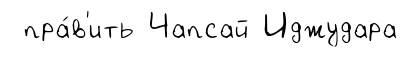
пра́в'ить Чапсай Иджудара